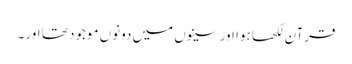
قرآن لکھا ہوا اور سینوں میں دونوں‌ موجود تھا اور ۔